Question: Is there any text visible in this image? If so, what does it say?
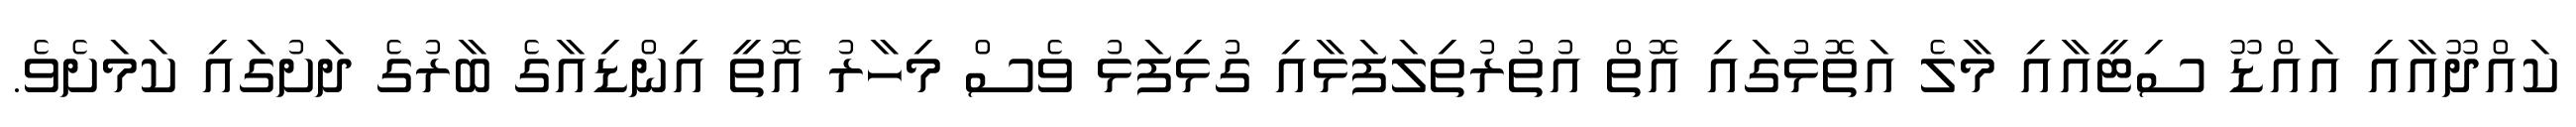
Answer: ކައްދޫއާއި އައްޑޫ ސިޓީއާއި މާލެ އަތޮޅުގައި އޮތް އުތުރުތިލަފަޅާއި ގުޅިފަޅު ވެސް މިހާރު އޮތީ އިންޑިއާގެ ބާރުގެ ދަށުގައި ކަމަށެވެ.